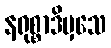
နရုစ္စာဒိမှသေ